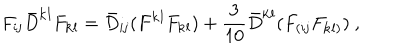
F _ { { \mathbf i } { \mathbf j } } { \bar { D } } ^ { { \mathbf k } { \mathbf l } } F _ { { \mathbf k } { \mathbf l } } = { \bar { D } } _ { { \mathbf i } { \mathbf j } } ( F ^ { { \mathbf k } { \mathbf l } } F _ { { \mathbf k } { \mathbf l } } ) + \frac { 3 } { 1 0 } { \bar { D } } ^ { { \mathbf k } { \mathbf l } } ( F _ { ( { \mathbf i } { \mathbf j } } F _ { { \mathbf k } { \mathbf l } ) } ) \ ,